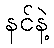
နင်နဲ့